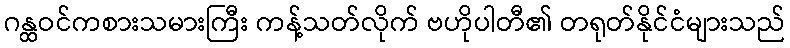
ဂန္ထဝင်ကစားသမားကြီး ကန့်သတ်လိုက် ဗဟိုပါတီ၏ တရုတ်နိုင်ငံများသည်